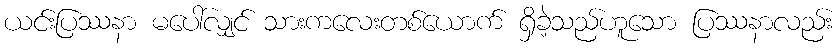
ယင်းပြဿနာ မပေါ်လျှင် သားကလေးတစ်ယောက် ရှိခဲ့သည်ဟူသော ပြဿနာလည်း